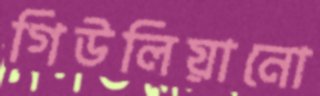
গিউলিয়ানো